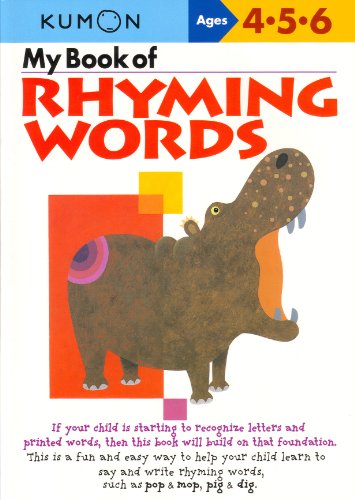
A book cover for My Book Of Rhyming Words (Kumon Workbooks); Money Magazine; Education & Teaching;